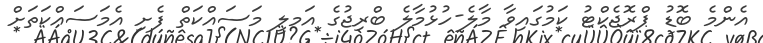
އެންމެ ބޮޑު ޕްރޮޖެކްޓު ކަމުގައިވާ މާލެ-ހުޅުމާލެ ބްރިޖުގެ އަމލީ މަސައްކަތް ފެށި އެމަސައްކަތަށް